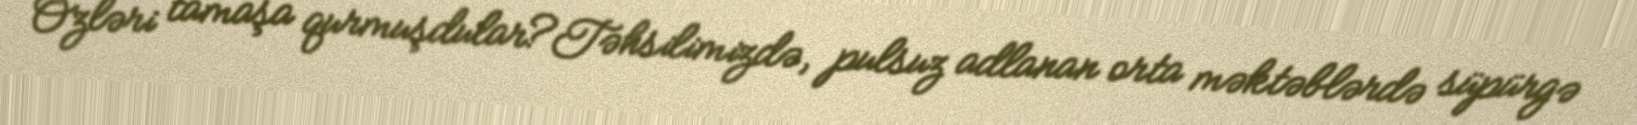
Özləri tamaşa qurmuşdular?Təhsilimizdə, pulsuz adlanan orta məktəblərdə süpürgə